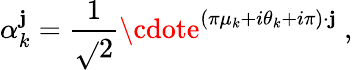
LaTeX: \alpha_{k}^{\mathbf{j}}={\frac{{1}}{{\sqrt{}{{2}}}}}\cdote^{(\pi\mu_{k}+i\theta_{k}+i\pi)\cdot\mathbf{j}}\ ,